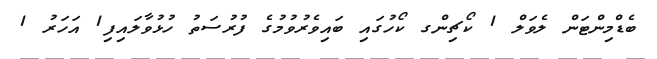
ބެޑްމިންޓަން ލެވަލް 1 ކޯޗިންގ ކޯހުގައި ބައިވެރުވުމުގެ ފުރުސަތު ހުޅުވާލައިފި1 އަހަރު 1